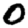
Digit: 0